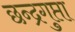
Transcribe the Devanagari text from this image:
छन्द्रगुप्ता